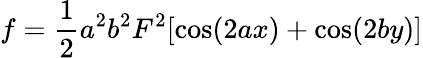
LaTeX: f=\frac 12a^{2}b^{2}F^{2}[\cos(2ax)+\cos(2by)]